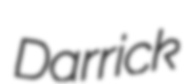
Darrick